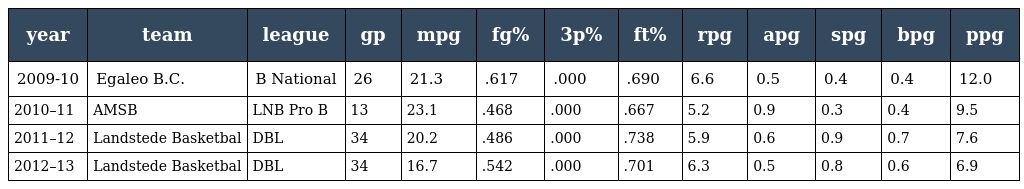
| year | team | league | gp | mpg | fg% | 3p% | ft% | rpg | apg | spg | bpg | ppg |
 | --- | --- | --- | --- | --- | --- | --- | --- | --- | --- | --- | --- | --- |
 | 2009-10 | Egaleo B.C. | B National | 26 | 21.3 | .617 | .000 | .690 | 6.6 | 0.5 | 0.4 | 0.4 | 12.0 |
 | 2010–11 | AMSB | LNB Pro B | 13 | 23.1 | .468 | .000 | .667 | 5.2 | 0.9 | 0.3 | 0.4 | 9.5 |
 | 2011–12 | Landstede Basketbal | DBL | 34 | 20.2 | .486 | .000 | .738 | 5.9 | 0.6 | 0.9 | 0.7 | 7.6 |
 | 2012–13 | Landstede Basketbal | DBL | 34 | 16.7 | .542 | .000 | .701 | 6.3 | 0.5 | 0.8 | 0.6 | 6.9 |